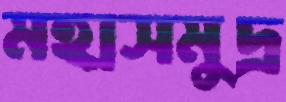
মহাসমুদ্র